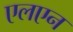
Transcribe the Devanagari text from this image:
एलएन